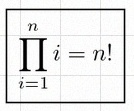
\prod_{i=1}^{n}i=n!